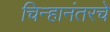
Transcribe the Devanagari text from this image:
चिन्हानंतरचे